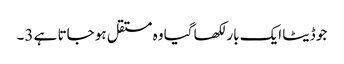
جو ڈیٹا ایک بار لکھا گیا وہ مستقل ہو جاتا ہے 3۔